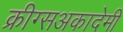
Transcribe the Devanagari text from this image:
क्रीग्सअकादेमी